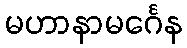
မဟာနာမင်္ဂေန